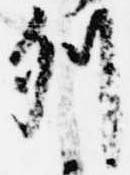
列